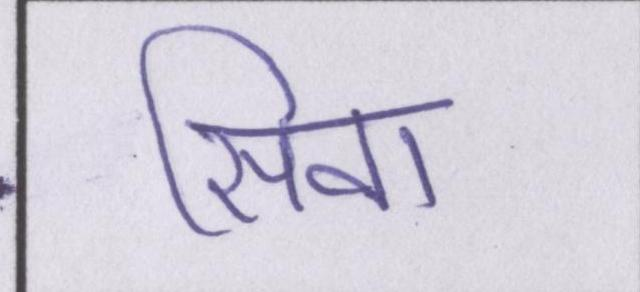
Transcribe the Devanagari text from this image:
सिवा